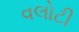
વલોટી